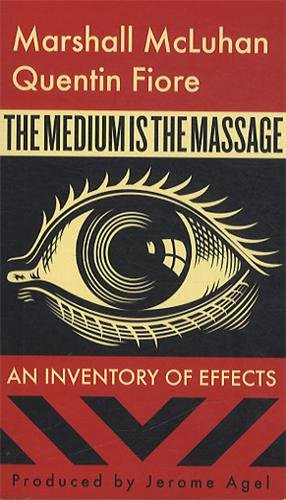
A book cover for The Medium is the Massage; Marshall McLuhan; Arts & Photography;